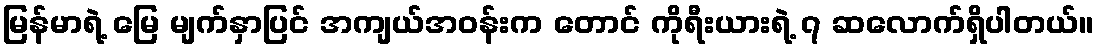
မြန်မာရဲ့ မြေ မျက်နှာပြင် အကျယ်အဝန်းက တောင် ကိုရီးယားရဲ့ ၇ ဆလောက်ရှိပါတယ်။